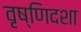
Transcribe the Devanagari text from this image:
वृष्णिदशा